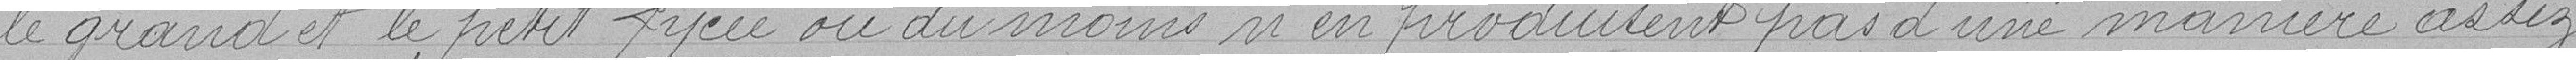
le grand et le petit lycée ou du moins n'en produisent pas d'une manière assez